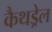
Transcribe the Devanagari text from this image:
कैथड्रेल